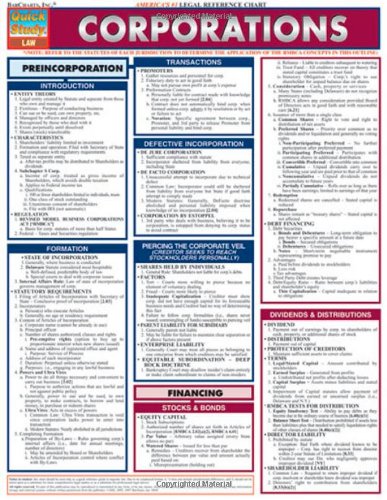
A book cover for Quick Study Corporations (Quickstudy: Law); Inc. BarCharts; Law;